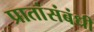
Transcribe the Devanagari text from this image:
प्रातांसंबंधी